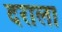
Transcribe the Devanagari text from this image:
दराला